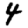
Digit: 4